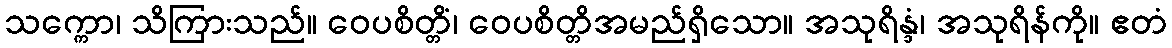
သက္ကော၊ သိကြားသည်။ ဝေပစိတ္တိံ၊ ဝေပစိတ္တိအမည်ရှိသော။ အသုရိန္ဒံ၊ အသုရိန်ကို။ ဧတံ